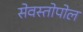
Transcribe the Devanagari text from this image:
सेवस्तोपोल